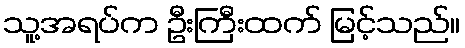
သူ့အရပ်က ဦးကြီးထက် မြင့်သည်။